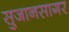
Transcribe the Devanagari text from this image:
सुजानसागर